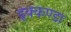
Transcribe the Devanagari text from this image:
इक्कण्डा